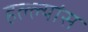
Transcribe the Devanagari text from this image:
हल्ल्यांस